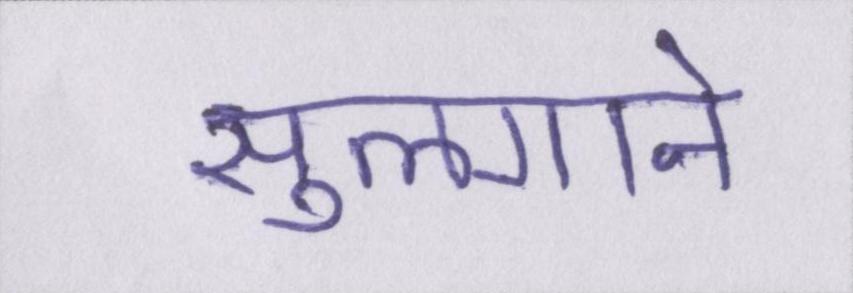
सुलगाने